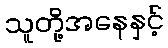
သူတို့အနေနှင့်